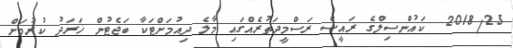
2018/25  ކައުންސިލްގެ ރައީސް ރަސްމީދަތުރެއްގައި މާލެ ދިއުމަށްޓަކާ ބަޖެޓުން ޚަރަދު ކުރުމަށް